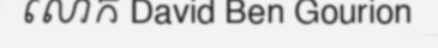
លោក David Ben Gourion